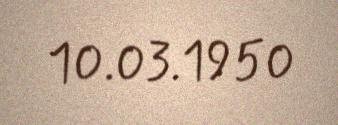
10.03.1950